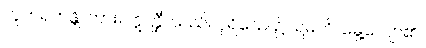
ဘူတရတန္တိ၊ ကား။ ဣတ္ထီ၊ သည်။ ပုရိသေ၊ ၌။ ရမတိ၊ မွေ့လျော်၏။